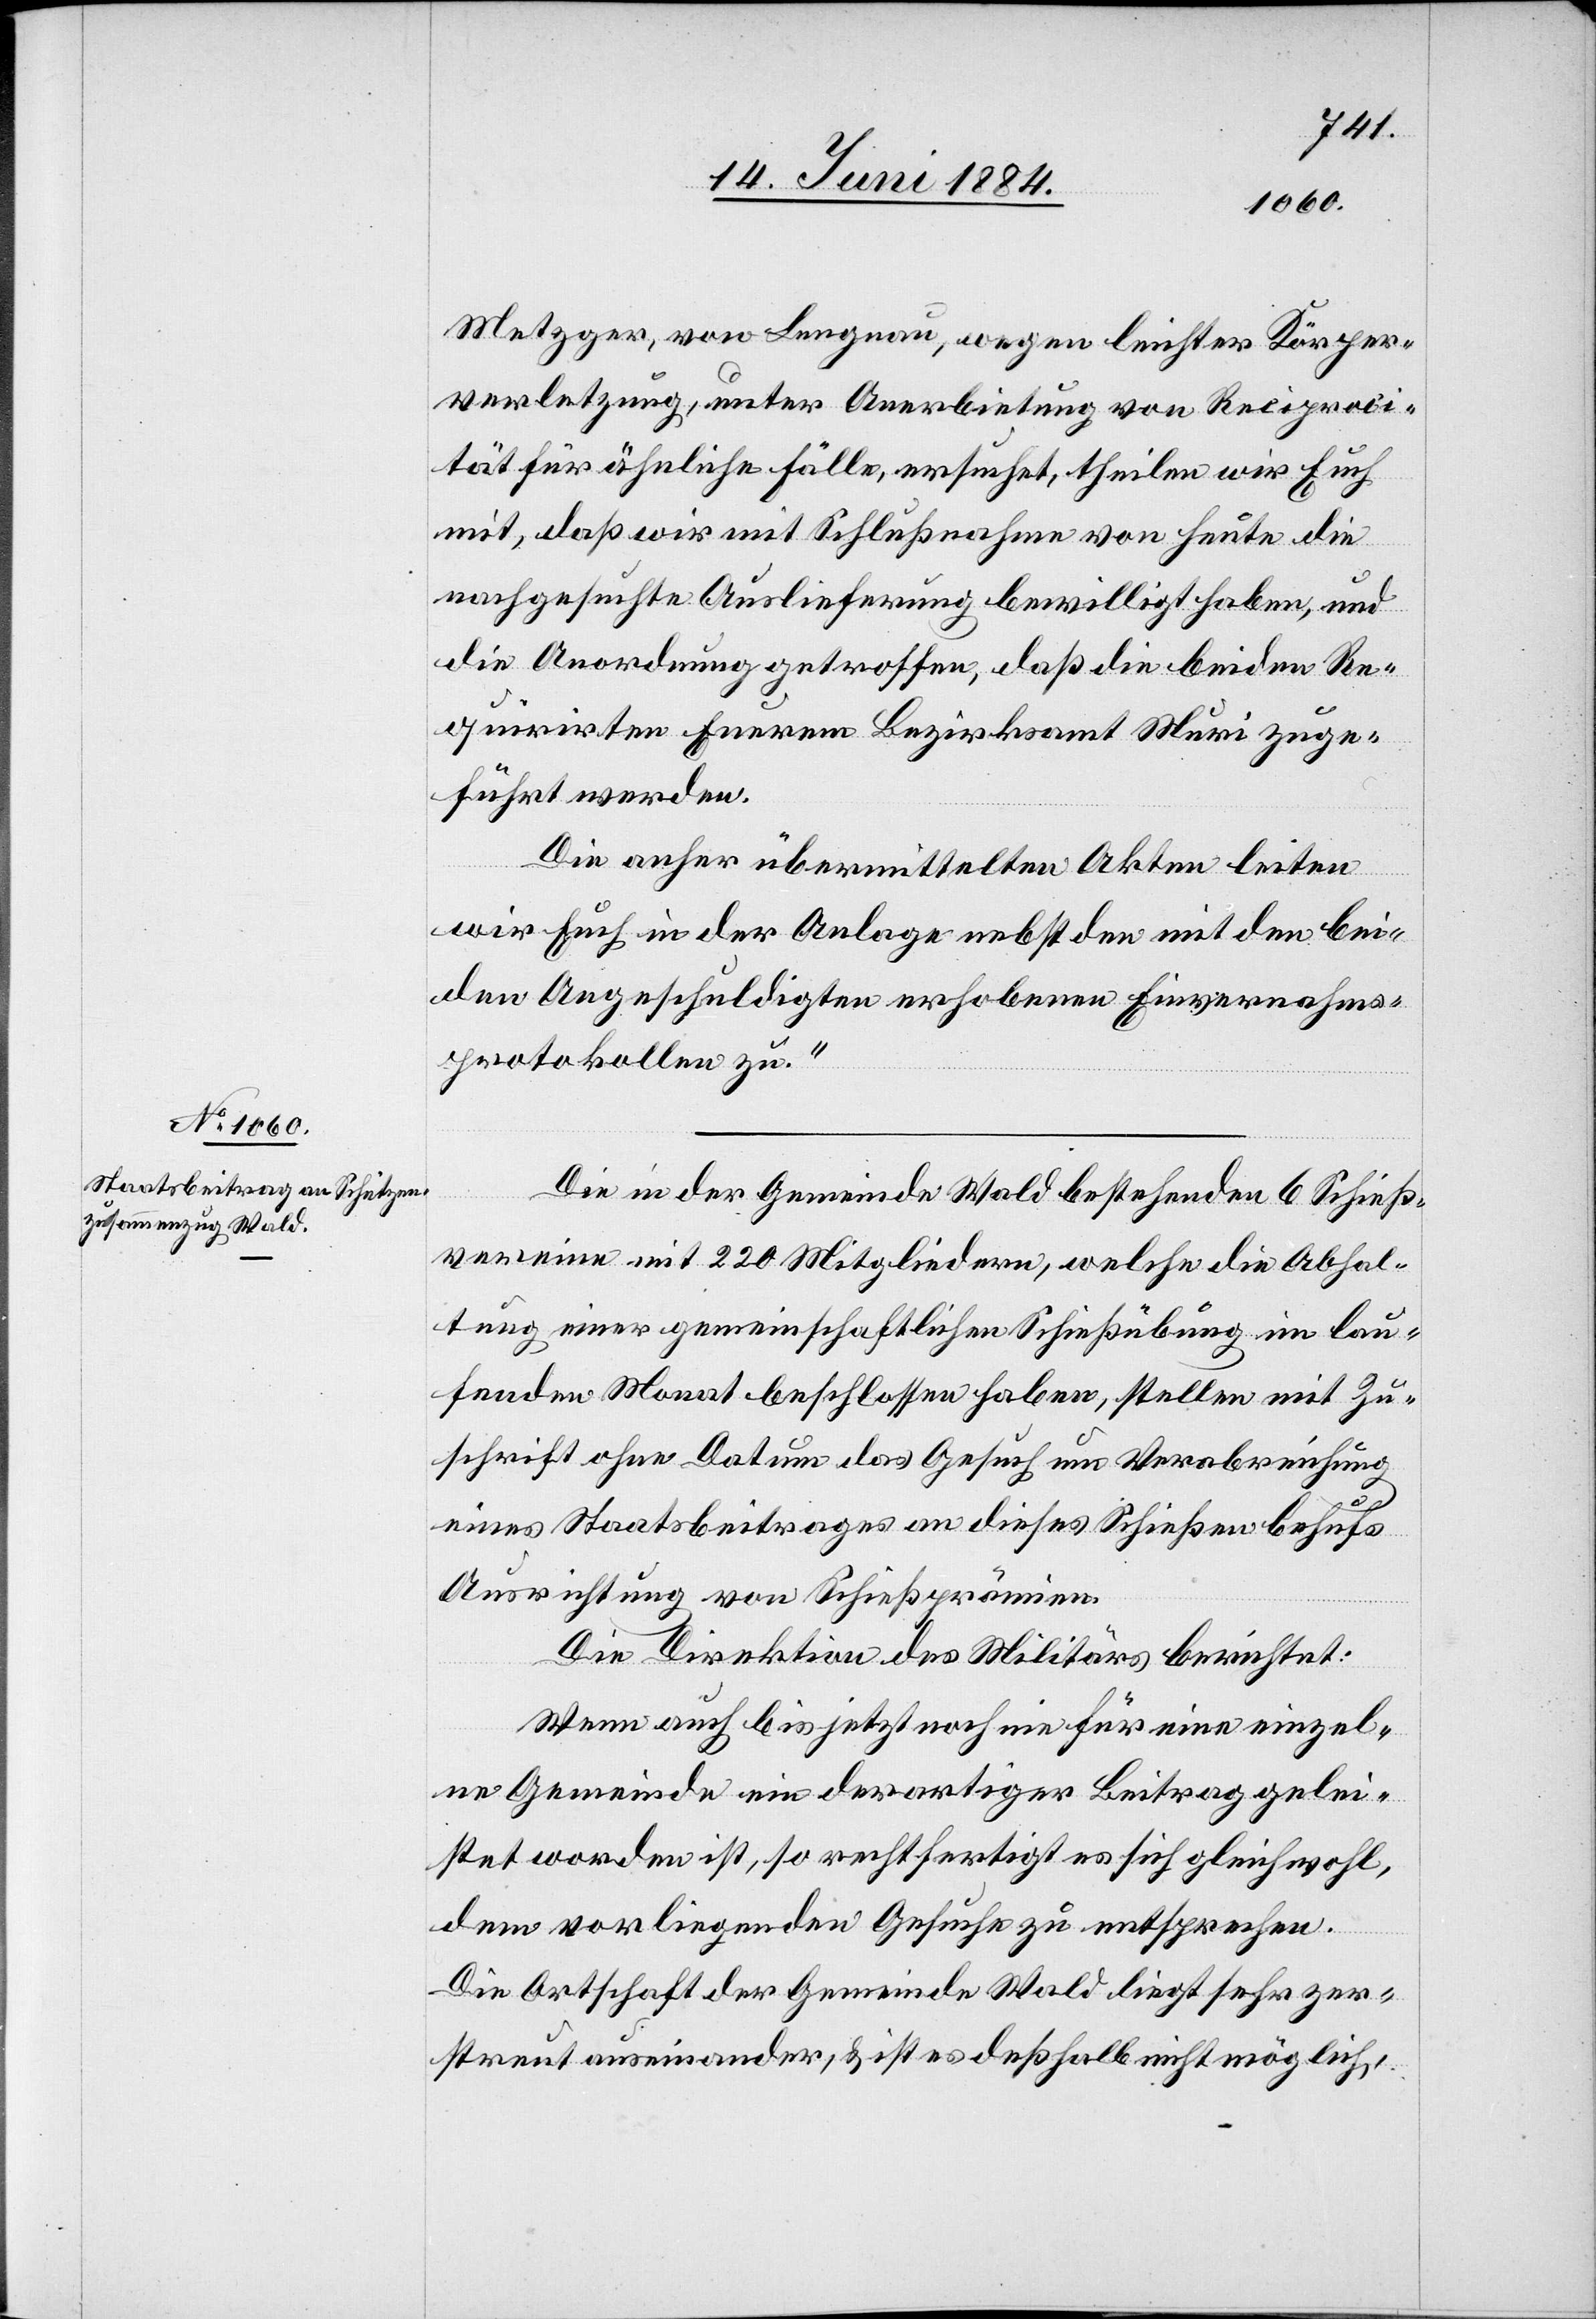
Metzger von Lengnau, wegen leichter Körper¬
verletzung, unter Anerbietung von Reciproci¬
tät ähnliche Fälle, ersuchet, theilen wir Euch
mit, daß wir mit Schlußnahme von heute die
nachgesuchte Auslieferung bewilligt haben, und
die Anordnung getroffen, daß die beiden Re¬
quirirten Euerem Bezirksamt Muri zuge¬
führt werden.
Die anher übermittelten Akten leiten
wir Euch in der Anlage nebst den mit den bei¬
den Angeschuldigten erhobenen Einvernahms¬
protokollen zu.“
Die in der Gemeinde Wald bestehenden 6 Schieß¬
vereine mit 220 Mitgliedern, welche die Abhal¬
tung einer gemeinschaftlichen Schießübung im lau¬
fenden Monat beschlossen haben, stellen mit Zu¬
schrift ohne Datum das Gesuch um Verabreichung
eines Staatsbeitrages an dieses Schießen behufs
Ausrichtung von Schießprämien.
Die Direktion des Militärs berichtet:
Wenn auch bis jetzt noch nie für eine einzel¬
ne Gemeinde ein derartiger Beitrag gelei¬
stet worden ist, so rechtfertigt es sich gleichwohl,
dem vorliegenden Gesuche zu entsprechen.
Die Ortschaft der Gemeinde Wald liegt sehr zer¬
streut auseinander, & ist es deßhalb nicht möglich,